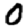
Digit: 0